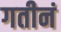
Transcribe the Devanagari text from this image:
गतीनं